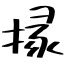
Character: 掾